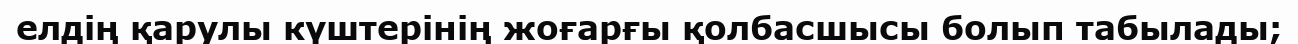
елдің қарулы күштерінің жоғарғы қолбасшысы болып табылады;